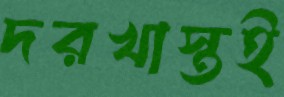
দরখাস্তই